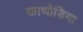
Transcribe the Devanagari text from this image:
काथोडिया